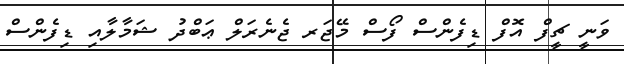
ވަނީ ޗީފް އޮފް ޑިފެންސް ފޯސް މޭޖަރ ޖެނެރަލް ޢަބްދު ޝަމާލާއި ޑިފެންސް